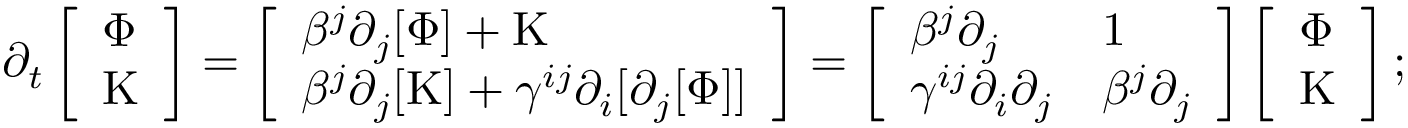
\partial _ { t } \left[ \begin{array} { l } { \Phi } \\ { \mathrm { K } } \end{array} \right] = \left[ \begin{array} { l } { \beta ^ { j } \partial _ { j } [ \Phi ] + \mathrm { K } } \\ { \beta ^ { j } \partial _ { j } [ \mathrm { K } ] + \gamma ^ { i j } \partial _ { i } [ \partial _ { j } [ \Phi ] ] } \end{array} \right] = \left[ \begin{array} { l l } { \beta ^ { j } \partial _ { j } } & { 1 } \\ { \gamma ^ { i j } \partial _ { i } \partial _ { j } } & { \beta ^ { j } \partial _ { j } } \end{array} \right] \left[ \begin{array} { l } { \Phi } \\ { \mathrm { K } } \end{array} \right] ;